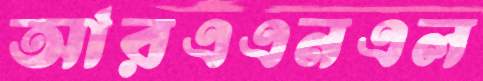
আরএএনএল